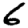
Digit: 6